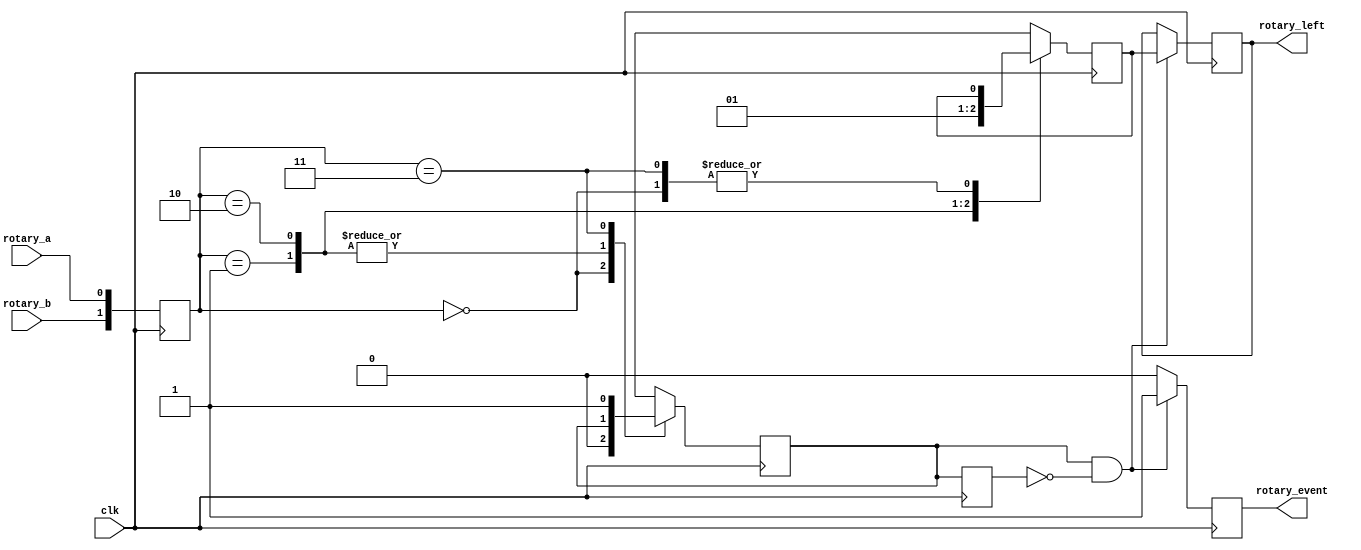
`timescale 1ns / 1ps
//////////////////////////////////////////////////////////////////////////////////
// Module Name:		RotaryEncoder
// Project Name:
// Target Devices:	SPARTAN 3E
// Description:		Rotary Encoder
// Dependencies:
//////////////////////////////////////////////////////////////////////////////////
module RotaryEncoder(
	output reg rotary_event,
	output reg rotary_left,
   input rotary_a,
   input rotary_b,
	input clk
	);

	reg [1:0]rotary_in;
	reg rotary_q1;
	reg rotary_q2;
	reg delay_rotary_q1;

	initial begin
		rotary_in = 0;
		rotary_q1 = 0;
		rotary_q2 = 0;
		delay_rotary_q1 = 0;
	end

	// Filter out switch chatter
	always@(posedge clk) begin
		rotary_in <= {rotary_b, rotary_a};
		case(rotary_in)
			2'b00:	begin
							rotary_q1 <= 0;
							rotary_q2 <= rotary_q2;
						end
			2'b01:	begin
							rotary_q1 <= rotary_q1;
							rotary_q2 <= 0;
						end
			2'b10:	begin
							rotary_q1 <= rotary_q1;
							rotary_q2 <= 1;
						end
			2'b11:	begin
							rotary_q1 <= 1;
							rotary_q2 <= rotary_q2;
						end
			default:	begin
							rotary_q1 <= rotary_q1;
							rotary_q2 <= rotary_q2;
						end
		endcase
	end

	// Wait for rotation event and determine direction
	// rotary_q1 functions as rotary event and rotary_q2 functions as direction
	always@(posedge clk) begin
		// Store current rotary_q1 value
		delay_rotary_q1 <= rotary_q1;
		// If rotary_q1 was previously 0 but is now 1, then rotary event has occurred
		if (rotary_q1 == 1 && delay_rotary_q1 == 0) begin
			// Set rotary_event
			rotary_event <= 1;
			// Assign rotary_q2 value to rotary_left
			rotary_left <= rotary_q2;
		end
		// Otherwise, rotary event did not occur or already occurred
		else begin
			// Clear rotary_event
			rotary_event <= 0;
			// Retain rotary_left value
			rotary_left <= rotary_left;
		end
	end

endmodule